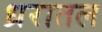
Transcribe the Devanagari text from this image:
ध्ररातल